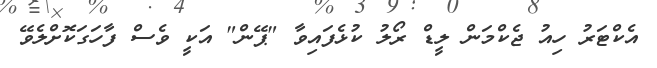
އެކްޓަރު ހިއު ޖެކްމަން ލީޑް ރޯލު ކުޅެފައިވާ "ޕޭން" އަކީ ވެސް ފާހަގަކޮށްލެވޭ